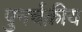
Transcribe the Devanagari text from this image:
पुनर्चक्रीय